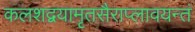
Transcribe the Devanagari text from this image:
कलशद्वयामृतसैराप्लावयन्तं